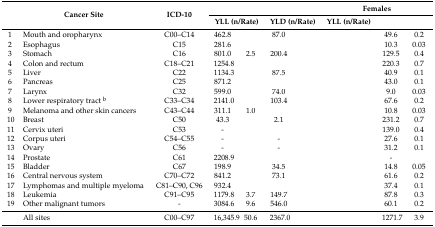
<table><thead><tr><td rowspan="2">[EMPTY_CELL]</td><td rowspan="2"><b>Cancer Site</b></td><td rowspan="2"><b>ICD-10</b></td><td colspan="4">[EMPTY_CELL]</td><td colspan="4"><b>Females</b></td></tr><tr><td colspan="2"><b>YLL (n/Rate)</b></td><td colspan="2"><b>YLD (n/Rate)</b></td><td colspan="2"><b>YLL (n/Rate)</b></td><td colspan="2">[EMPTY_CELL]</td></tr></thead><tbody><tr><td>1</td><td>Mouth and oropharynx</td><td>C00–C14</td><td>462.8</td><td>[EMPTY_CELL]</td><td>87.0</td><td>[EMPTY_CELL]</td><td>[EMPTY_CELL]</td><td>[EMPTY_CELL]</td><td>49.6</td><td>0.2</td></tr><tr><td>2</td><td>Esophagus</td><td>C15</td><td>281.6</td><td>[EMPTY_CELL]</td><td>[EMPTY_CELL]</td><td>[EMPTY_CELL]</td><td>[EMPTY_CELL]</td><td>[EMPTY_CELL]</td><td>10.3</td><td>0.03</td></tr><tr><td>3</td><td>Stomach</td><td>C16</td><td>801.0</td><td>2.5</td><td>200.4</td><td>[EMPTY_CELL]</td><td>[EMPTY_CELL]</td><td>[EMPTY_CELL]</td><td>129.5</td><td>0.4</td></tr><tr><td>4</td><td>Colon and rectum</td><td>C18–C21</td><td>1254.8</td><td>[EMPTY_CELL]</td><td>[EMPTY_CELL]</td><td>[EMPTY_CELL]</td><td>[EMPTY_CELL]</td><td>[EMPTY_CELL]</td><td>220.3</td><td>0.7</td></tr><tr><td>5</td><td>Liver</td><td>C22</td><td>1134.3</td><td>[EMPTY_CELL]</td><td>87.5</td><td>[EMPTY_CELL]</td><td>[EMPTY_CELL]</td><td>[EMPTY_CELL]</td><td>40.9</td><td>0.1</td></tr><tr><td>6</td><td>Pancreas</td><td>C25</td><td>871.2</td><td>[EMPTY_CELL]</td><td>[EMPTY_CELL]</td><td>[EMPTY_CELL]</td><td>[EMPTY_CELL]</td><td>[EMPTY_CELL]</td><td>43.0</td><td>0.1</td></tr><tr><td>7</td><td>Larynx</td><td>C32</td><td>599.0</td><td>[EMPTY_CELL]</td><td>74.0</td><td>[EMPTY_CELL]</td><td>[EMPTY_CELL]</td><td>[EMPTY_CELL]</td><td>9.0</td><td>0.03</td></tr><tr><td>8</td><td>Lower respiratory tract <sup>b</sup></td><td>C33–C34</td><td>2141.0</td><td>[EMPTY_CELL]</td><td>103.4</td><td>[EMPTY_CELL]</td><td>[EMPTY_CELL]</td><td>[EMPTY_CELL]</td><td>67.6</td><td>0.2</td></tr><tr><td>9</td><td>Melanoma and other skin cancers</td><td>C43–C44</td><td>311.1</td><td>1.0</td><td>[EMPTY_CELL]</td><td>[EMPTY_CELL]</td><td>[EMPTY_CELL]</td><td>[EMPTY_CELL]</td><td>10.8</td><td>0.03</td></tr><tr><td>10</td><td>Breast</td><td>C50</td><td>43.3</td><td>[EMPTY_CELL]</td><td>2.1</td><td>[EMPTY_CELL]</td><td>[EMPTY_CELL]</td><td>[EMPTY_CELL]</td><td>231.2</td><td>0.7</td></tr><tr><td>11</td><td>Cervix uteri</td><td>C53</td><td>-</td><td>[EMPTY_CELL]</td><td>[EMPTY_CELL]</td><td>[EMPTY_CELL]</td><td>[EMPTY_CELL]</td><td>[EMPTY_CELL]</td><td>139.0</td><td>0.4</td></tr><tr><td>12</td><td>Corpus uteri</td><td>C54–C55</td><td>-</td><td>[EMPTY_CELL]</td><td>-</td><td>[EMPTY_CELL]</td><td>[EMPTY_CELL]</td><td>[EMPTY_CELL]</td><td>27.6</td><td>0.1</td></tr><tr><td>13</td><td>Ovary</td><td>C56</td><td>-</td><td>[EMPTY_CELL]</td><td>-</td><td>[EMPTY_CELL]</td><td>[EMPTY_CELL]</td><td>[EMPTY_CELL]</td><td>31.2</td><td>0.1</td></tr><tr><td>14</td><td>Prostate</td><td>C61</td><td>2208.9</td><td>[EMPTY_CELL]</td><td>[EMPTY_CELL]</td><td>[EMPTY_CELL]</td><td>[EMPTY_CELL]</td><td>[EMPTY_CELL]</td><td>-</td><td>[EMPTY_CELL]</td></tr><tr><td>15</td><td>Bladder</td><td>C67</td><td>198.9</td><td>[EMPTY_CELL]</td><td>34.5</td><td>[EMPTY_CELL]</td><td>[EMPTY_CELL]</td><td>[EMPTY_CELL]</td><td>14.8</td><td>0.05</td></tr><tr><td>16</td><td>Central nervous system</td><td>C70–C72</td><td>841.2</td><td>[EMPTY_CELL]</td><td>73.1</td><td>[EMPTY_CELL]</td><td>[EMPTY_CELL]</td><td>[EMPTY_CELL]</td><td>61.6</td><td>0.2</td></tr><tr><td>17</td><td>Lymphomas and multiple myeloma</td><td>C81–C90, C96</td><td>932.4</td><td>[EMPTY_CELL]</td><td>[EMPTY_CELL]</td><td>[EMPTY_CELL]</td><td>[EMPTY_CELL]</td><td>[EMPTY_CELL]</td><td>37.4</td><td>0.1</td></tr><tr><td>18</td><td>Leukemia</td><td>C91–C95</td><td>1179.8</td><td>3.7</td><td>149.7</td><td>[EMPTY_CELL]</td><td>[EMPTY_CELL]</td><td>[EMPTY_CELL]</td><td>87.8</td><td>0.3</td></tr><tr><td>19</td><td>Other malignant tumors</td><td>-</td><td>3084.6</td><td>9.6</td><td>546.0</td><td>[EMPTY_CELL]</td><td>[EMPTY_CELL]</td><td>[EMPTY_CELL]</td><td>60.1</td><td>0.2</td></tr><tr><td>[EMPTY_CELL]</td><td>All sites</td><td>C00–C97</td><td>16,345.9</td><td>50.6</td><td>2367.0</td><td>[EMPTY_CELL]</td><td>[EMPTY_CELL]</td><td>[EMPTY_CELL]</td><td>1271.7</td><td>3.9</td></tr></tbody></table>